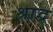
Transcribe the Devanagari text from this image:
श्राद्व